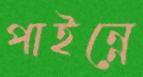
পাইন্নে